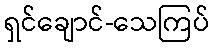
ရှင်ချောင်-သေကြပ်